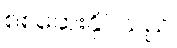
စစ်ဆေးနိုင်သည်